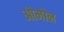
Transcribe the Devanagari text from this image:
ओमोन